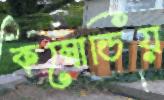
কম্বোডিয়